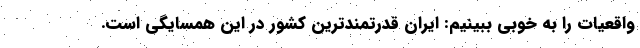
واقعيات را به خوبي ببينيم: ايران قدرتمندترين كشور در اين همسايگي است.